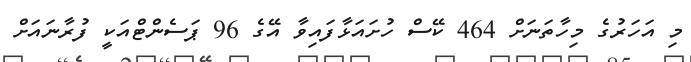
މި އަހަރުގެ މިހާތަނަށް 464 ކޭސް ހުށައަޅާފައިވާ އޭގެ 96 ޕަސެންޓްއަކީ ފުރާނައަށް